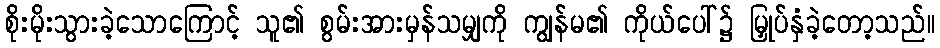
စိုးမိုးသွားခဲ့သောကြောင့် သူ၏ စွမ်းအားမှန်သမျှကို ကျွန်မ၏ ကိုယ်ပေါ်၌ မြှုပ်နှံခဲ့တော့သည်။